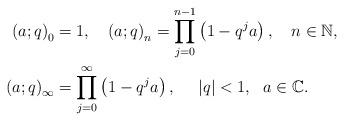
LaTeX: \begin{align*}\left( a;q\right) _{0} & =1,\ \ \ \left( a;q\right) _{n}={\displaystyle\prod\limits_{j=0}^{n-1}}\left( 1-q^{j}a\right) ,\ \ \ n\in\mathbb{N},\\\left( a;q\right) _{\infty} & ={\displaystyle\prod\limits_{j=0}^{\infty}}\left( 1-q^{j}a\right) ,\ \ \ \ \left\vert q\right\vert <1,\ \ a\in\mathbb{C}.\end{align*}